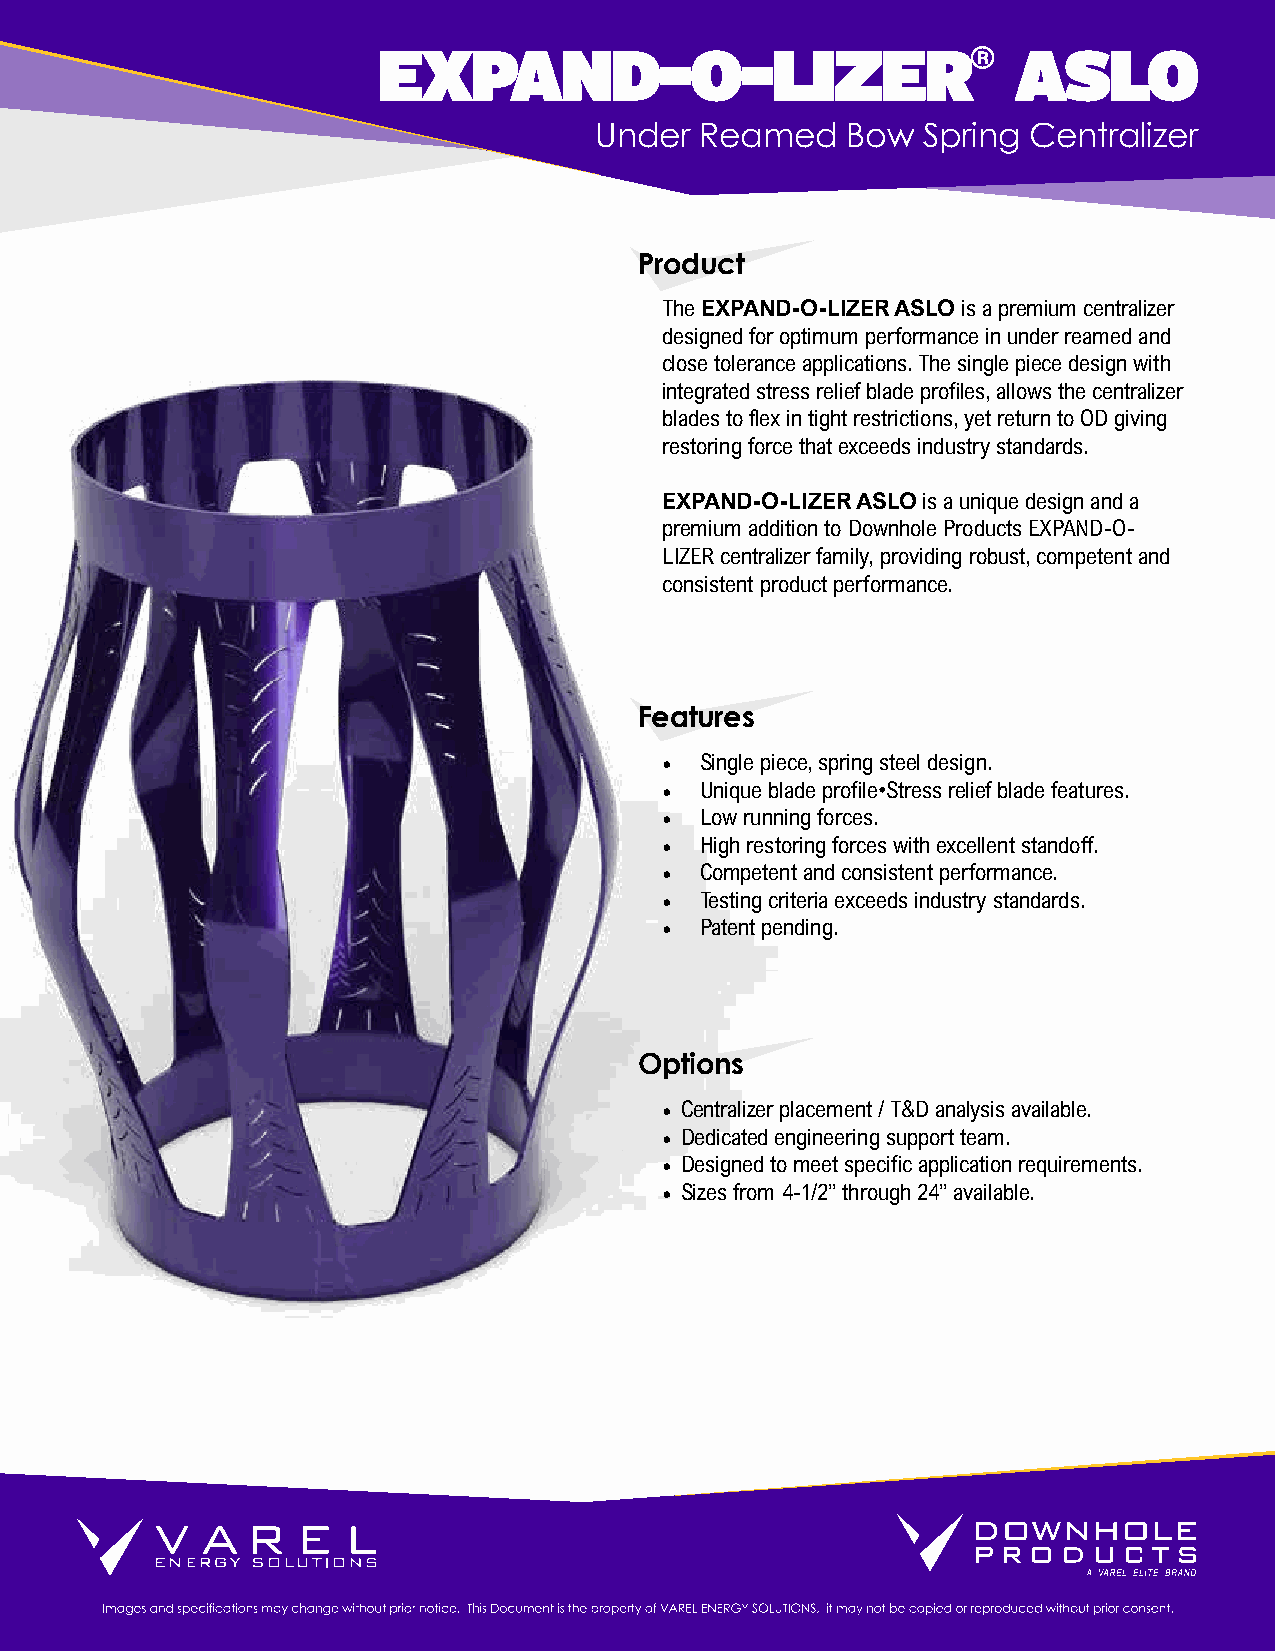
EXPAND-O-LIZER®                           ASLO
 Under  Reamed    Bow  Spring Centralizer
 Product
 The EXPAND-O-LIZER ASLO is a premium centralizer
 designed for optimum performance in under reamed and
 close tolerance applications. The single piece design with
 integrated stress relief blade profiles, allows the centralizer
 blades to flex in tight restrictions, yet return to OD giving
 restoring force that exceeds industry standards.
 EXPAND-O-LIZER ASLO is a unique design and a
 premium addition to Downhole Products EXPAND-O-
 LIZER centralizer family, providing robust, competent and
 consistent product performance.
 Features
 • Single piece, spring steel design.
 • Unique blade profile•Stress relief blade features.
 • Low running forces.
 • High restoring forces with excellent standoff.
 • Competent and consistent performance.
 • Testing criteria exceeds industry standards.
 • Patent pending.
 Options
 • Centralizer placement / T&D analysis available.
 • Dedicated engineering support team.
 • Designed to meet specific application requirements.
 • Sizes from 4-1/2” through 24” available.